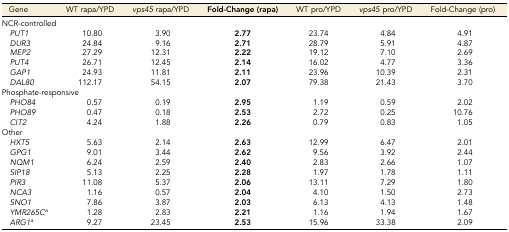
<table><thead><tr><td><b>Gene</b></td><td><b>WT rapa/YPD</b></td><td><b><i>vps45</i> rapa/YPD</b></td><td><b>Fold-Change (rapa)</b></td><td><b>WT pro/YPD</b></td><td><b><i>vps45</i> pro/YPD</b></td><td><b>Fold-Change (pro)</b></td></tr></thead><tbody><tr><td colspan="7">NCR-controlled</td></tr><tr><td><i> PUT1</i></td><td>10.80</td><td>3.90</td><td><b>2.77</b></td><td>23.74</td><td>4.84</td><td>4.91</td></tr><tr><td><i> DUR3</i></td><td>24.84</td><td>9.16</td><td><b>2.71</b></td><td>28.79</td><td>5.91</td><td>4.87</td></tr><tr><td><i> MEP2</i></td><td>27.29</td><td>12.31</td><td><b>2.22</b></td><td>19.12</td><td>7.10</td><td>2.69</td></tr><tr><td><i> PUT4</i></td><td>26.71</td><td>12.45</td><td><b>2.14</b></td><td>16.02</td><td>4.77</td><td>3.36</td></tr><tr><td><i> GAP1</i></td><td>24.93</td><td>11.81</td><td><b>2.11</b></td><td>23.96</td><td>10.39</td><td>2.31</td></tr><tr><td><i> DAL80</i></td><td>112.17</td><td>54.15</td><td><b>2.07</b></td><td>79.38</td><td>21.43</td><td>3.70</td></tr><tr><td colspan="7">Phosphate-responsive</td></tr><tr><td><i> PHO84</i></td><td>0.57</td><td>0.19</td><td><b>2.95</b></td><td>1.19</td><td>0.59</td><td>2.02</td></tr><tr><td><i> PHO89</i></td><td>0.47</td><td>0.18</td><td><b>2.53</b></td><td>2.72</td><td>0.25</td><td>10.76</td></tr><tr><td><i> CIT2</i></td><td>4.24</td><td>1.88</td><td><b>2.26</b></td><td>0.79</td><td>0.83</td><td>1.05</td></tr><tr><td colspan="7">Other</td></tr><tr><td><i> HXT5</i></td><td>5.63</td><td>2.14</td><td><b>2.63</b></td><td>12.99</td><td>6.47</td><td>2.01</td></tr><tr><td><i> GPG1</i></td><td>9.01</td><td>3.44</td><td><b>2.62</b></td><td>9.56</td><td>3.92</td><td>2.44</td></tr><tr><td><i> NQM1</i></td><td>6.24</td><td>2.59</td><td><b>2.40</b></td><td>2.83</td><td>2.66</td><td>1.07</td></tr><tr><td><i> SIP18</i></td><td>5.13</td><td>2.25</td><td><b>2.28</b></td><td>1.97</td><td>1.78</td><td>1.11</td></tr><tr><td><i> PIR3</i></td><td>11.08</td><td>5.37</td><td><b>2.06</b></td><td>13.11</td><td>7.29</td><td>1.80</td></tr><tr><td><i> NCA3</i></td><td>1.16</td><td>0.57</td><td><b>2.04</b></td><td>4.10</td><td>1.50</td><td>2.73</td></tr><tr><td><i> SNO1</i></td><td>7.86</td><td>3.87</td><td><b>2.03</b></td><td>6.13</td><td>4.13</td><td>1.48</td></tr><tr><td><i> YMR265C</i><i><sup>a</sup></i></td><td>1.28</td><td>2.83</td><td><b>2.21</b></td><td>1.16</td><td>1.94</td><td>1.67</td></tr><tr><td><i> ARG1</i><i><sup>a</sup></i></td><td>9.27</td><td>23.45</td><td><b>2.53</b></td><td>15.96</td><td>33.38</td><td>2.09</td></tr></tbody></table>